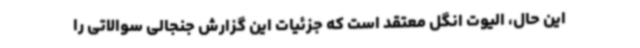
این حال، الیوت انگل معتقد است که جزئیات این گزارش جنجالی سوالاتی را